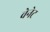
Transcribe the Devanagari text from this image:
वेनेट